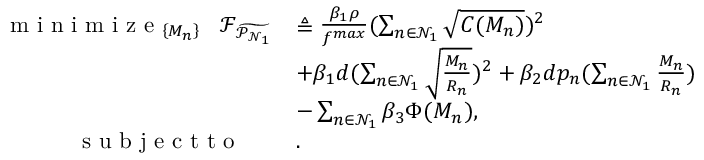
\begin{array} { r l } { \mathop { \textrm { m i n i m i z e } } _ { \left\{ { M _ { n } } \right\} } \ \ \mathcal { F } _ { { \widetilde { \mathcal { P } _ { \mathcal { N } _ { 1 } } } } } } & { \triangleq \frac { \beta _ { 1 } \rho } { f ^ { m a x } } { ( \sum _ { n \in \mathcal { N } _ { 1 } } \sqrt { C ( M _ { n } ) } ) ^ { 2 } } } \\ & { + { \beta _ { 1 } d ( \sum _ { n \in \mathcal { N } _ { 1 } } \sqrt { \frac { M _ { n } } { R _ { n } } } ) ^ { 2 } } + \beta _ { 2 } d p _ { n } ( \sum _ { n \in \mathcal { N } _ { 1 } } \frac { M _ { n } } { R _ { n } } ) } \\ & { - \sum _ { n \in \mathcal { N } _ { 1 } } \beta _ { 3 } \Phi ( M _ { n } ) , } \\ { \textrm { s u b j e c t t o } \ \ \ \ } & { . } \end{array}